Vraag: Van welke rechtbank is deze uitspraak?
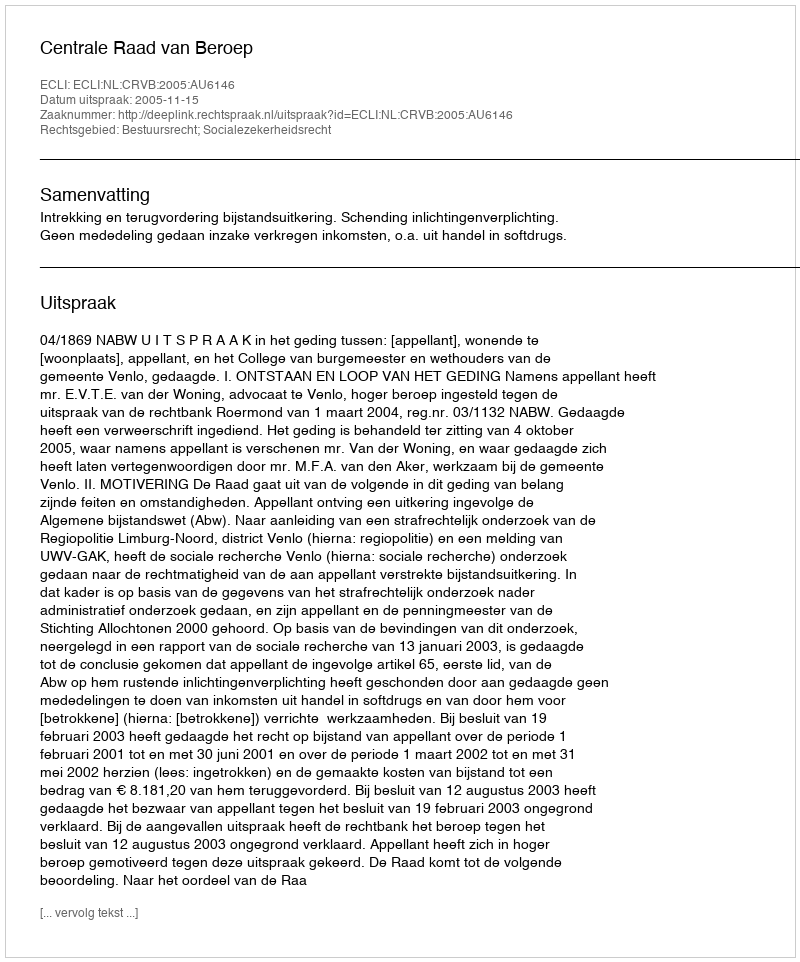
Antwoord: Centrale Raad van Beroep